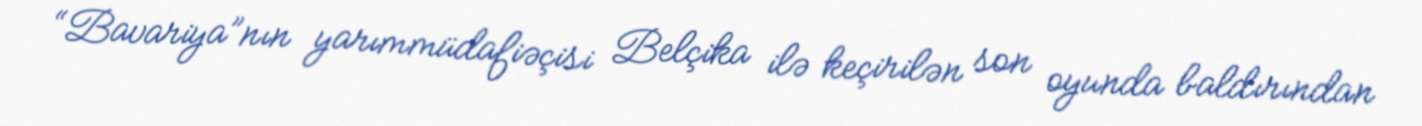
“Bavariya”nın yarımmüdafiəçisi Belçika ilə keçirilən son oyunda baldırından